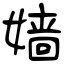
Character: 嫱